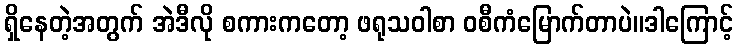
ရှိနေတဲ့အတွက် အဲဒီလို စကားကတော့ ဖရုသဝါစာ ဝစီကံမြောက်တာပဲ။ဒါကြောင့်